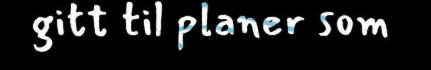
gitt til planer som